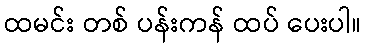
ထမင်း တစ် ပန်းကန် ထပ် ပေးပါ။